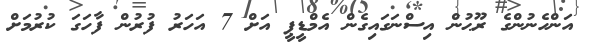
އަންހެނުންގެ ރޫޙުން އިސްނަގައިގެން އެމްޑީޕީ އަށް 7 އަހަރު ފުރުން ފާހަގަ ކުރުމަށް